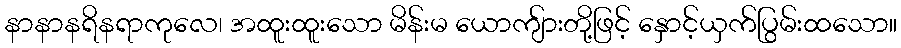
နာနာနရိနရာကုလေ၊ အထူးထူးသော မိန်းမ ယောကျ်ားတို့ဖြင့် နှောင့်ယှက်ပြွမ်းထသော။